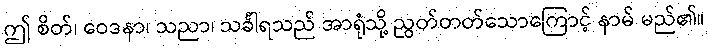
ဤ စိတ်၊ ဝေဒနာ၊ သညာ၊ သင်္ခါရသည် အာရုံသို့ ညွတ်တတ်သောကြောင့် နာမ် မည်၏။